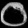
Digit: ၀